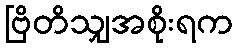
ဗြိတိသျှအစိုးရက